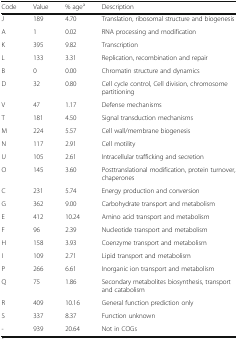
| Code | Value | % agea | Description |
 | --- | --- | --- | --- |
 | J | 189 | 4.70 | Translation, ribosomal structure and biogenesis |
 | A | 1 | 0.02 | RNA processing and modification |
 | K | 395 | 9.82 | Transcription |
 | L | 133 | 3.31 | Replication, recombination and repair |
 | B | 0 | 0.00 | Chromatin structure and dynamics |
 | D | 32 | 0.80 | Cell cycle control, Cell division, chromosome partitioning |
 | V | 47 | 1.17 | Defense mechanisms |
 | T | 181 | 4.50 | Signal transduction mechanisms |
 | M | 224 | 5.57 | Cell wall/membrane biogenesis |
 | N | 117 | 2.91 | Cell motility |
 | U | 105 | 2.61 | Intracellular trafficking and secretion |
 | O | 145 | 3.60 | Posttranslational modification, protein turnover, chaperones |
 | C | 231 | 5.74 | Energy production and conversion |
 | G | 362 | 9.00 | Carbohydrate transport and metabolism |
 | E | 412 | 10.24 | Amino acid transport and metabolism |
 | F | 96 | 2.39 | Nucleotide transport and metabolism |
 | H | 158 | 3.93 | Coenzyme transport and metabolism |
 | I | 109 | 2.71 | Lipid transport and metabolism |
 | P | 266 | 6.61 | Inorganic ion transport and metabolism |
 | Q | 75 | 1.86 | Secondary metabolites biosynthesis, transport and catabolism |
 | R | 409 | 10.16 | General function prediction only |
 | S | 337 | 8.37 | Function unknown |
 | - | 939 | 20.64 | Not in COGs |